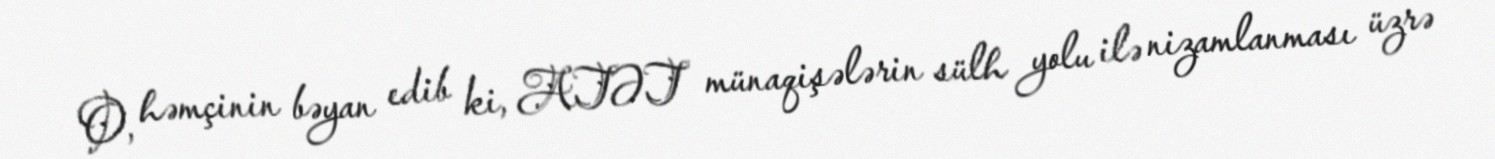
O, həmçinin bəyan edib ki, ATƏT münaqişələrin sülh yolu ilə nizamlanması üzrə